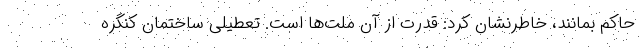
حاکم بمانند، خاطرنشان کرد: قدرت از آن ملت‌ها است. تعطیلی ساختمان کنگره